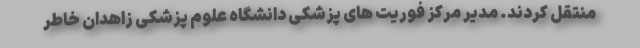
منتقل کردند. مدیر مرکز فوریت های پزشکی دانشگاه علوم پزشکی زاهدان خاطر